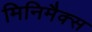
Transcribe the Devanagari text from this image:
मिनिमैक्स